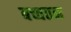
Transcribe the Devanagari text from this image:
बच्चतन